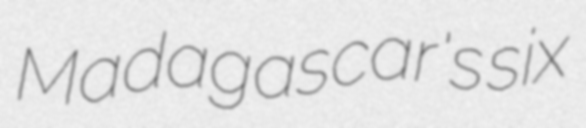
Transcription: Madagascar's six